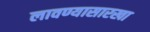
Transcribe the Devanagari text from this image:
लावण्यासारखा